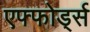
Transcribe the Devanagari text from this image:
एफ्फोर्ड्स